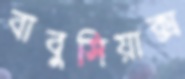
বাবুসিয়াক্স